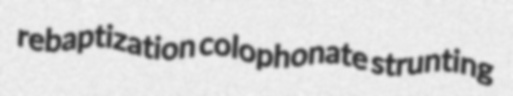
rebaptization colophonate strunting